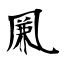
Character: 凲